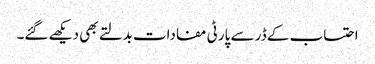
احتساب کے ڈر سے پارٹی مفادات بدلتے بھی دیکھے گئے۔